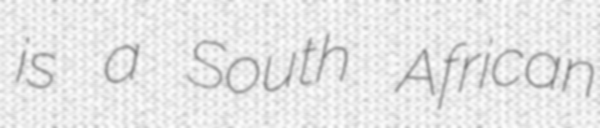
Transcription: is a South African